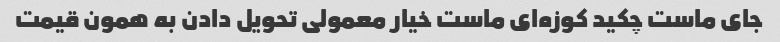
جای ماست چکید کوزه‌ای ماست خیار معمولی تحویل دادن به همون قیمت